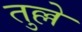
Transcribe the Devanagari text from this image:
तुल्ले